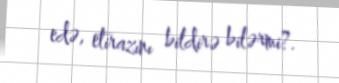
edə, etirazını bildirə bilərmi?.